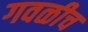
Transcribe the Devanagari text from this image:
गवळीच